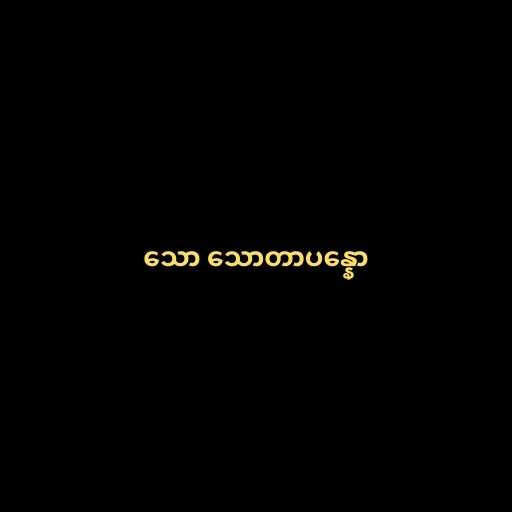
သော သောတာပန္နော